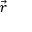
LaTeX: \boldsymbol { \vec { r } }